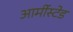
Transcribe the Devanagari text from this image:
आर्मीस्टेड